Document type: Endowment
Year: 1330
Scribe: Arnau [Delpàs]
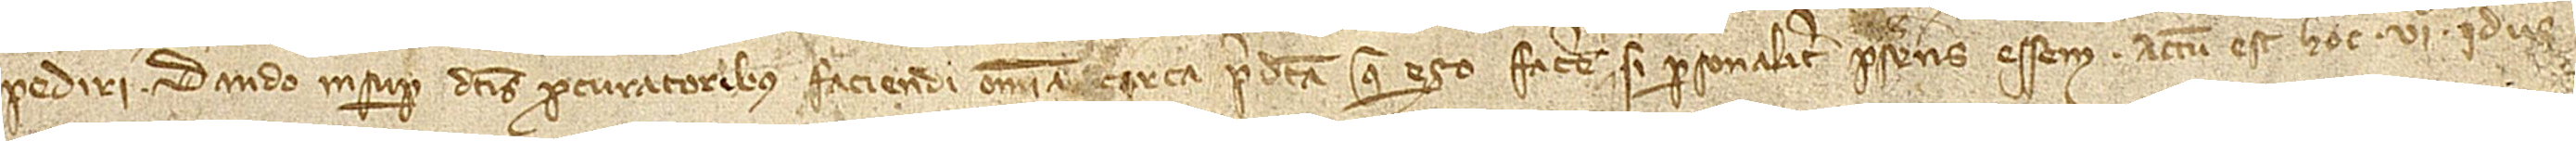
pediri. Dando insuper dictis procuratoribus faciendi omnia circa predicta que ego facere si personaliter presens essem. Actum est hoc VIº idus